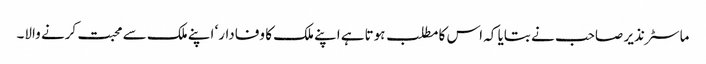
ماسٹر نذیر صاحب نے بتایا کہ اس کا مطلب ہوتاہے اپنے ملک کا وفادار‘ اپنے ملک سے محبت کرنے والا۔